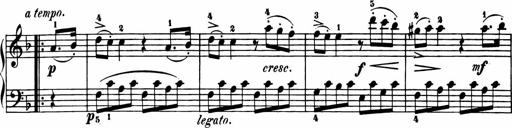
Title: 11 Sonatinas for Piano Solo
Composer: Anton Diabelli